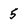
Character: 5